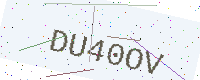
Text: DU40OV